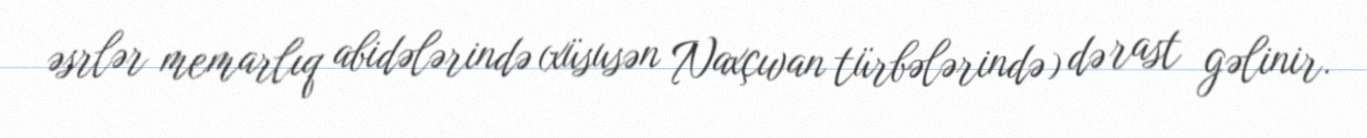
əsrlər memarlıq abidələrində (xüsusən Naxçıvan türbələrində) də rast gəlinir.